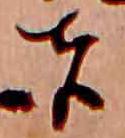
者